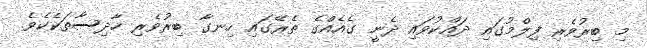
މި ބިރުވެރި ފިލްމުގައި ދައްކުވައި ދެނީ ގެއެއްގެ ތެރޭގައި ހިނގާ ބިރުވެރި ހާދިސާތަކެކެވެ.